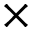
\times